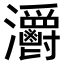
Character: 𤅪